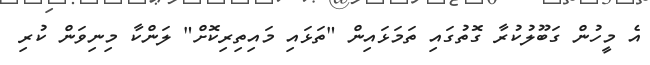
އެ މީހުން ގަބޫލުކުރާ ގޮތުގައި ތަމަޅައިން "ތަޅައި މައިތިރިކޮށް" ލަންކާ މިނިވަން ކުރި